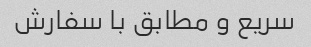
سریع و مطابق با سفارش